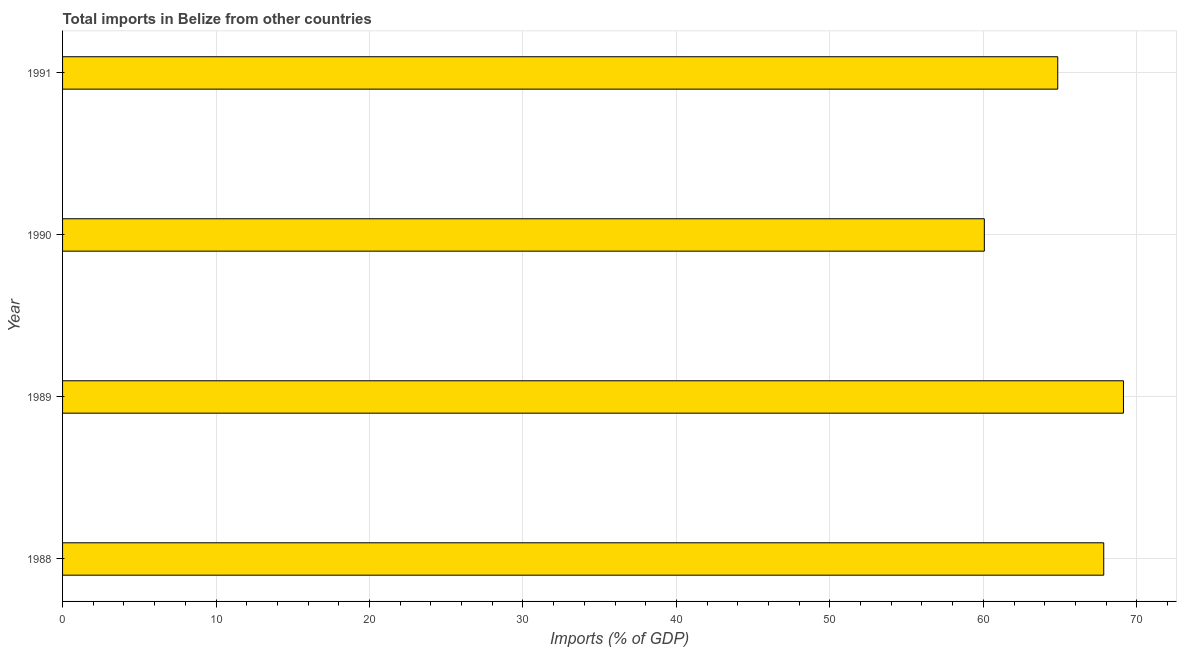
| Year | Imports |
 | --- | --- |
 | 1988 | 67.8 |
 | 1989 | 69.1 |
 | 1990 | 60.1 |
 | 1991 | 64.8 |